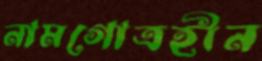
নামগোত্রহীন